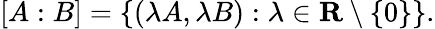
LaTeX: [A:B]=\{ (\lambda A,\lambda B):\lambda\in\mathbf{R}\setminus\{ 0\} \} .